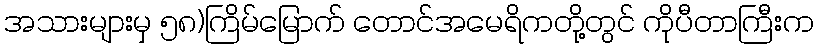
အသားများမှ ၅၈)ကြိမ်မြောက် တောင်အမေရိကတို့တွင် ကိုပီတာကြီးက